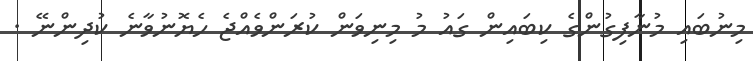
މިނުބައި މުނާފިގުންގެ ކިބައިން ގައު މު މިނިވަން ކުރަންވެއްޖެ ހެޔޮނުވާނެ ކުދިންނޭ .